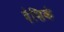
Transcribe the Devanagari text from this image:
देशिकं